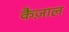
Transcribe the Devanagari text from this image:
कैज़ाल